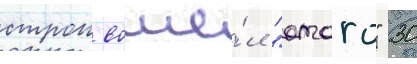
строи вошё́л "атаго" 30